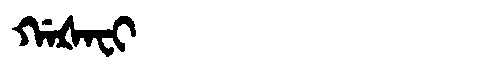
Manchu: ᡤᠠᡧᠠᠸᡳ
Romanization: GAŠAFI